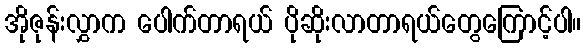
အိုဇုန်းလွှာက ပေါက်တာရယ် ပိုဆိုးလာတာရယ်တွေကြောင့်ပါ။